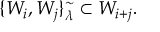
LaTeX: \{ W _ { i } , W _ { j } \} _ { \lambda } ^ { \sim } \subset W _ { i + j } .